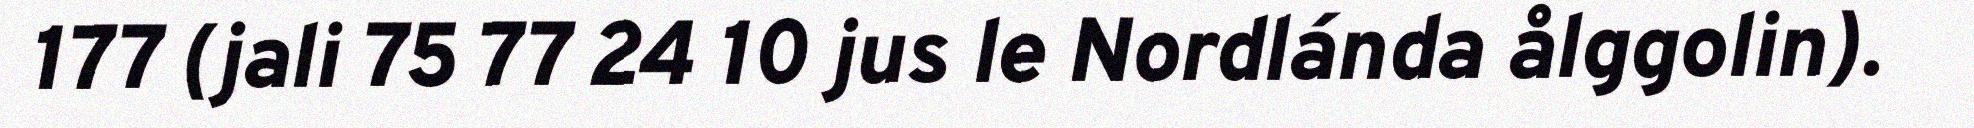
177 (jali 75 77 24 10 jus le Nordlánda ålggolin).